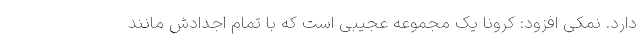
دارد. نمکی افزود: کرونا یک مجموعه عجیبی است که با تمام اجدادش مانند